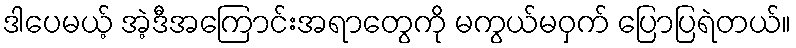
ဒါပေမယ့် အဲ့ဒီအကြောင်းအရာတွေကို မကွယ်မဝှက် ပြောပြရဲတယ်။